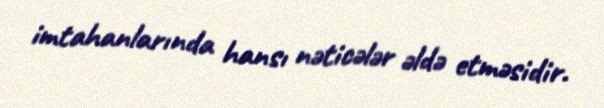
imtahanlarında hansı nəticələr əldə etməsidir.